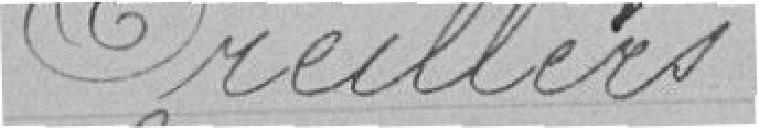
Oreillers